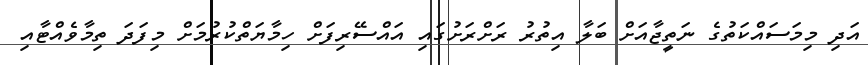
އަދި މިމަސައްކަތުގެ ނަތީޖާއަށް ބަލާ އިތުރު ރަށްރަށުގައި އައްސޭރިފަށް ހިމާޔަތްކުރުމަށް މިފަދަ ތިމާވެއްޓާއި